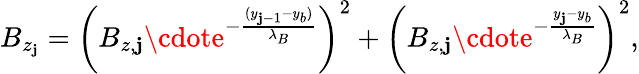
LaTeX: B_{z_{\mathbf{j}}}=\left(B_{z,\mathbf{j}}\cdote^{-\frac{{(y_{\mathbf{j}-1}-y_{b})}}{{\lambda_{B}}}}\right)^{2}+\left(B_{z,\mathbf{j}}\cdote^{-\frac{{y_{\mathbf{j}}-y_{b}}}{{\lambda_{B}}}}\right)^{2},